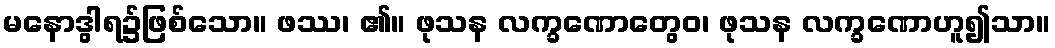
မနောဒွါရ၌ဖြစ်သော။ ဖဿ၊ ၏။ ဖုသန လက္ခဏောတွေဝ၊ ဖုသန လက္ခဏောဟူ၍သာ။